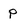
Character: p